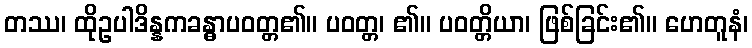
တဿ၊ ထိုဥပါဒိန္နကခန္ဓာပဝတ္တ၏။ ပဝတ္တ၊ ၏။ ပဝတ္တိယာ၊ ဖြစ်ခြင်း၏။ ဟေတူနံ၊